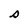
Character: s